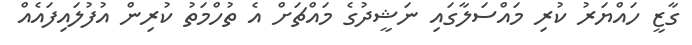
ގާޒީ ހައްޔަރު ކުރި މައްސަލާގައި ނަޝީދުގެ މައްޗަށް އެ ތުހްމަތު ކުރިން އުފުލައިފައެއް